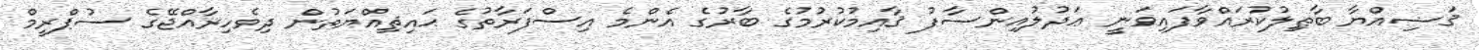
ޤަޟިއްޔާ ބާޠިލުކުރައްވާފައިވަނީ ޢަދުލުއިންސާފު ޤާއިމުކުރުމުގެ ބާރުގެ އެންމެ އިސްފަރާތުގެ ޙައިޘިއްޔަތުން ދިވެހިރާއްޖޭގެ ސުޕްރީމް